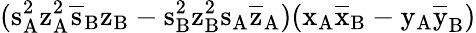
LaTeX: (\mathrm{s_{A}^{2}\mathrm{z_{A}^{2}\mathrm{\overline{{s}}_{B}\mathrm{z_{B}-\mathrm{s_{B}^{2}\mathrm{z_{B}^{2}\mathrm{s_{A}\mathrm{\overline{{z}}_{A})(\mathrm{x_{A}\mathrm{\overline{{x}}_{B}-\mathrm{y_{A}\mathrm{\overline{{y}}_{B})}}}}}}}}}}}}